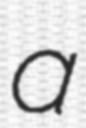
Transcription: a